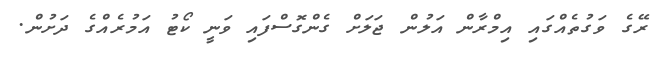
ރޭގެ ވަގުތެއްގައި އިމްރާން އަލުން ޖަލަށް ގެންގޮސްފައި ވަނީ ކޯޓު އަމުރެއްގެ ދަށުން.